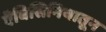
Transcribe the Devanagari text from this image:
ऍबिसिनियातून